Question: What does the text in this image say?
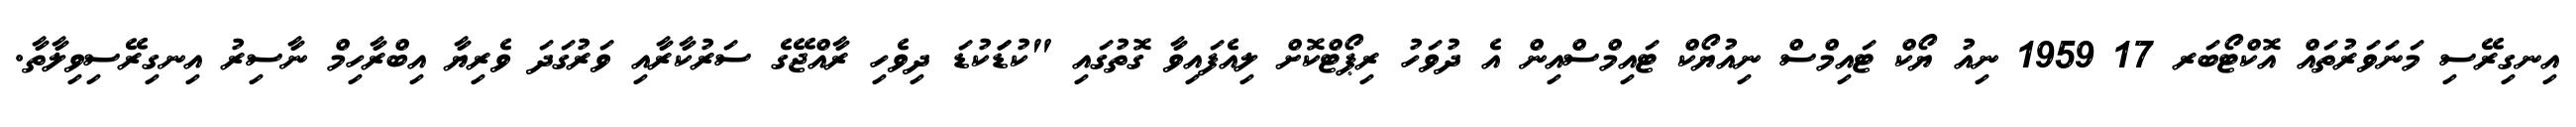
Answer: އިނގިރޭސި މަނަވަރުތައް އޮކްޓޯބަރ 17 1959 ނިއު ޔޯކް ޓައިމްސް ނިއުޔޯކް ޓައިމްސްއިން އެ ދުވަހު ރިޕޯޓްކޮށް ލިއެފައިވާ ގޮތުގައި "ކުޑަަކުޑަ ދިވެހި ރާއްޖޭގެ ސަރުކާރާއި ވަރުގަދަ ވެރިޔާ އިބްރާހިމް ނާސިރު އިނގިރޭސިވިލާތާ.